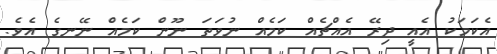
އެކަމަކު އެއީ ދިރޭ އެއްޗެއް ކަމެއް ނުވަތަ ނޫން ކަމެއް ނޭނގެ އެވެ.